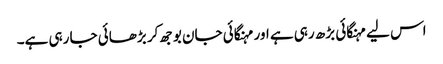
اس لیے مہنگائی بڑھ رہی ہے اور مہنگائی جان بوجھ کر بڑھائی جا رہی ہے۔